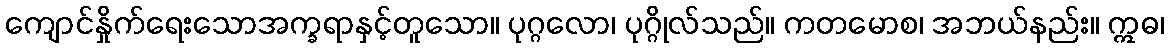
ကျောင်နှိုက်ရေးသောအက္ခရာနှင့်တူသော။ ပုဂ္ဂလော၊ ပုဂ္ဂိုလ်သည်။ ကတမောစ၊ အဘယ်နည်း။ ဣဓ၊